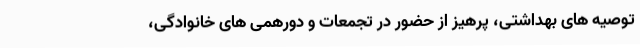
توصیه های بهداشتی، پرهیز از حضور در تجمعات و دورهمی های خانوادگی،